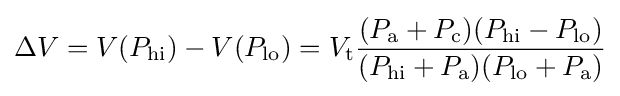
\Delta V=V(P_{\text{hi}})-V(P_{\text{lo}})=V_{\text{t}}{\frac {(P_{\text{a}}+P_{\text{c}})(P_{\text{hi}}-P_{\text{lo}})}{(P_{\text{hi}}+P_{\text{a}})(P_{\text{lo}}+P_{\text{a}})}}